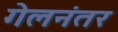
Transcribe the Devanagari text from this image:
गेलनंतर